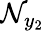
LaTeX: \mathcal{N}_{y_{2}}